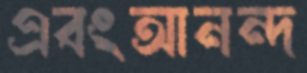
এবংআনন্দ